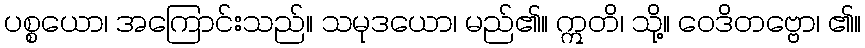
ပစ္စယော၊ အကြောင်းသည်။ သမုဒယော၊ မည်၏။ ဣတိ၊ သို့။ ဝေဒိတဗ္ဗော၊ ၏။